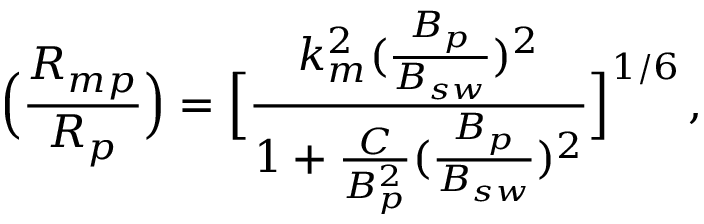
\Big ( \frac { R _ { m p } } { R _ { p } } \Big ) = \Big [ \frac { k _ { m } ^ { 2 } ( \frac { B _ { p } } { B _ { s w } } ) ^ { 2 } } { 1 + \frac { C } { B _ { p } ^ { 2 } } ( \frac { B _ { p } } { B _ { s w } } ) ^ { 2 } } \Big ] ^ { 1 / 6 } \thinspace ,